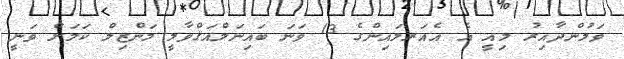
ވަމުންދާއިރު މިއީ އެ އެއަރލައިންގެ 13 ވަނަ ބައިނަލްއަޤްވާމީ މަންޒިލް ކަމަށް ވަނީ